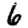
Digit: 6